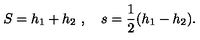
S = h _ { 1 } + h _ { 2 } \ , \quad s = { \frac { 1 } { 2 } } ( h _ { 1 } - h _ { 2 } ) .